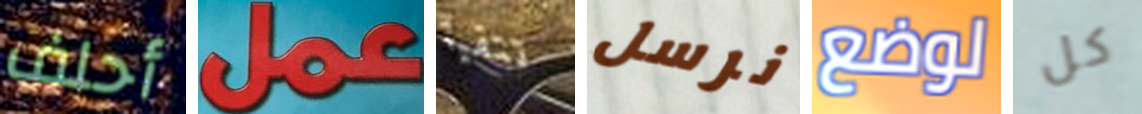
أحلف عمل تتقيأ نرسل لوضع كل